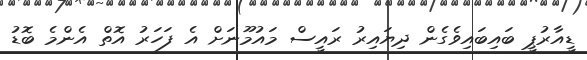
ޑީއާރުޕީ ބައިބައިވެގެން ދިޔައިރު ރައީސް މައުމޫނަށް އެ ފަހަރު އޮތް އެންމެ ބޮޑު